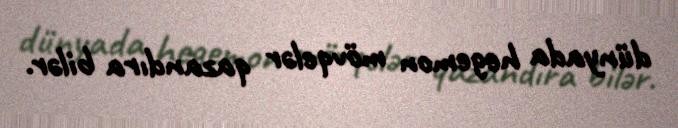
dünyada hegemon mövqelər qazandıra bilər.